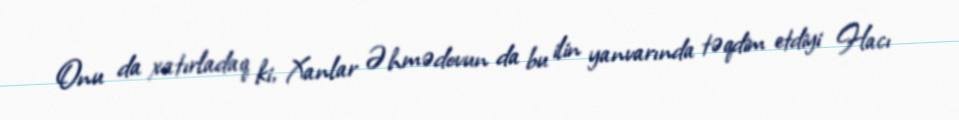
Onu da xatırladaq ki, Xanlar Əhmədovun da bu ilin yanvarında təqdim etdiyi Hacı